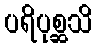
ပရိပုစ္ဆသိ